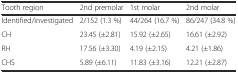
<table><thead><tr><td><b>Tooth region</b></td><td><b>2nd premolar</b></td><td><b>1st molar</b></td><td><b>2nd molar</b></td></tr></thead><tbody><tr><td>Identified/investigated</td><td>2/152 (1.3 %)</td><td>44/264 (16.7 %)</td><td>86/247 (34.8 %)</td></tr><tr><td>CH</td><td>23.45 (±2.81)</td><td>15.92 (±2.65)</td><td>16.61 (±2.92)</td></tr><tr><td>RH</td><td>17.56 (±3.30)</td><td>4.19 (±2.15)</td><td>4.21 (±1.86)</td></tr><tr><td>CHS</td><td>5.89 (±6.11)</td><td>11.83 (±3.16)</td><td>12.21 (±2.87)</td></tr></tbody></table>